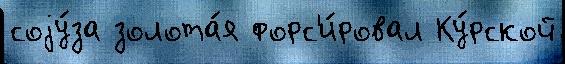
соjу́за золота́я форс'и́ровал Ку́рской